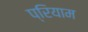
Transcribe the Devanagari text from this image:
प्रियाम